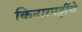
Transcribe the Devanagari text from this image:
किनारपट्टींचे